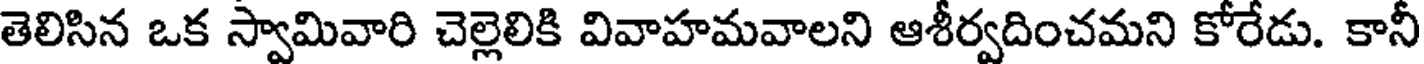
తెలిసిన ఒక స్వామివారి చెల్లెలికి వివాహమవాలని ఆశీర్వదించమని కోరేడు. కానీ